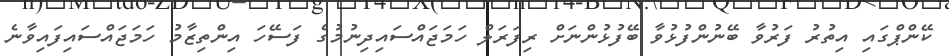
ކޭންޕްގައި އިތުރު ފަރުވާ ބޭނުންފުޅުވާ ބޭފުޅުންނަށް ރިފަރަލް ހަމަޖައްސައިދިނުމުގެ ފަސޭހަ އިންތިޒާމު ހަމަޖައްސައިފައިވާނެ